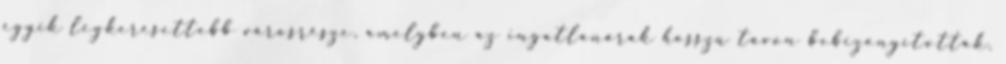
egyik legkeresettebb városrésze, amelyben az ingatlanárak hosszú távon bebizonyították,